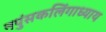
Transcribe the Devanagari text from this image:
नपुंसकलिंगाध्याय